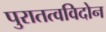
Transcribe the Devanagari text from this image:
पुरातत्वविदोन